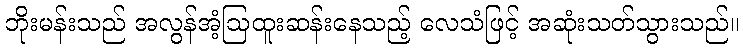
ဘိုးမန်းသည် အလွန်အံ့ဩထူးဆန်းနေသည့် လေသံဖြင့် အဆုံးသတ်သွားသည်။